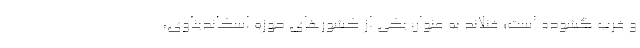
و غرب گشوده است؛ فنلاند به عنوان یکی از کشورهای حوزه اسکاندیناوی،